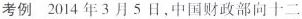
考例 2014年3月5日，中国财政部向十二